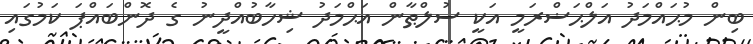
ބިން މުޙައްމަދު އަލްޙަޟްރަމީ އަކީ ސުލްޠާން އަޙްމަދު ޝިހާބުއްދީނު ގެ ދޮންބައްޕަ ކަމުގައި